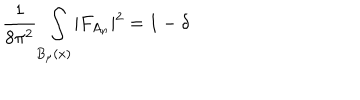
LaTeX: { \frac { 1 } { 8 \pi ^ { 2 } } } \int _ { B _ { \mu } ( x ) } \vert F _ { A _ { n } } \vert ^ { 2 } = 1 - \delta